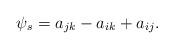
LaTeX: \begin{align*}\psi_s=a_{jk}-a_{ik}+a_{ij}.\end{align*}